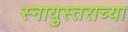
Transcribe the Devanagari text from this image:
स्नायुस्तराच्या